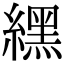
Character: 𦄿